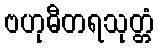
ဗဟုဓီတရသုတ္တံ